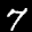
Label: 7